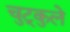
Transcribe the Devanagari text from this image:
चुट्कुले